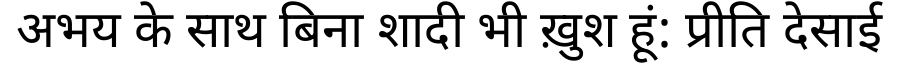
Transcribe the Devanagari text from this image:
अभय के साथ बिना शादी भी ख़ुश हूं: प्रीति देसाई